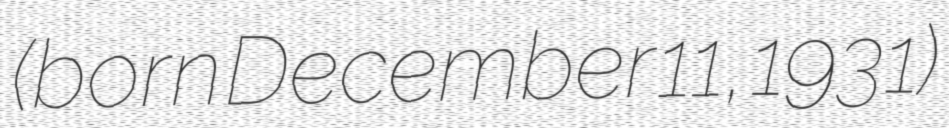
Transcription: (born December 11, 1931)